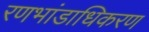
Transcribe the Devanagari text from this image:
रणभांडाधिकरण